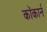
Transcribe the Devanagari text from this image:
कॉकार्न